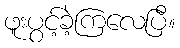
ဖူးပွင့်ခဲ့ကြလေပြီ။